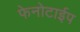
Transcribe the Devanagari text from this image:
फेनोटाईप